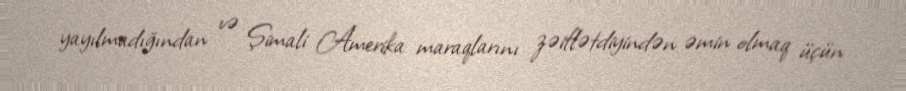
yayılmadığından və Şimali Amerika maraqlarını zəiflətdiyindən əmin olmaq üçün